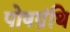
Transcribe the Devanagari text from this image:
पोषग्रंथि